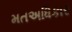
મતઅધિકાર